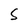
Character: S